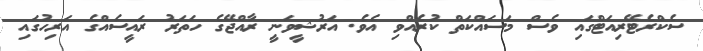
ސެކްރެޓޭރިއަޓްގައި ވެސް މަސައްކަތް ކުރެއްވި އެވެ. އަރުޝީވަނީ ރާއްޖޭގެ ހަތަރު ރައީސެއްގެ އަރިހުގައި